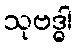
သုဗဒ္ဓါ